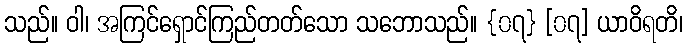
သည်။ ဝါ၊ အကြင်ရှောင်ကြည်တတ်သော သဘောသည်။ {၀၇} [၀၇] ယာဝိရတိ၊